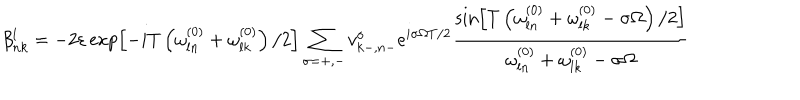
LaTeX: \beta _ { n k } ^ { l } = - 2 \varepsilon \exp \left[ - i T \left( \omega _ { l n } ^ { ( 0 ) } + \omega _ { l k } ^ { ( 0 ) } \right) / 2 \right] \sum _ { \sigma = + , - } v _ { k - , n - } ^ { \sigma } e ^ { i \sigma \Omega T / 2 } \frac { \sin \left[ T \left( \omega _ { l n } ^ { ( 0 ) } + \omega _ { l k } ^ { ( 0 ) } - \sigma \Omega \right) / 2 \right] } { \omega _ { l n } ^ { ( 0 ) } + \omega _ { l k } ^ { ( 0 ) } - \sigma \Omega }